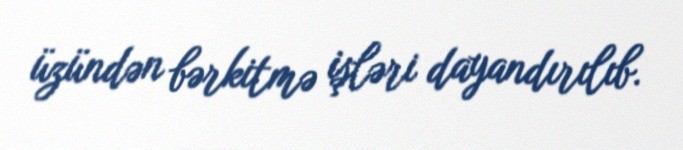
üzündən bərkitmə işləri dayandırılıb.